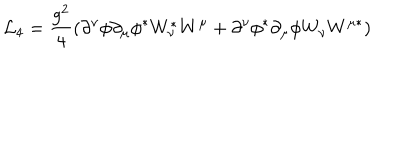
LaTeX: { \cal L } _ { 4 } = \frac { g ^ { 2 } } { 4 } ( \partial ^ { \nu } \phi \partial _ { \mu } \phi ^ { \ast } W _ { \nu } ^ { \ast } W ^ { \mu } + \partial ^ { \nu } \phi ^ { \ast } \partial _ { \mu } \phi W _ { \nu } W ^ { \mu \ast } )